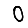
Digit: 0